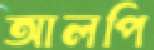
আলপি